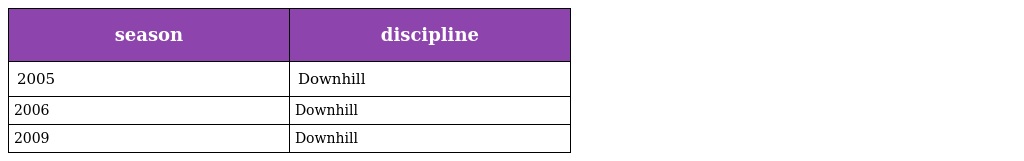
| season | discipline |
 | --- | --- |
 | 2005 | Downhill |
 | 2006 | Downhill |
 | 2009 | Downhill |